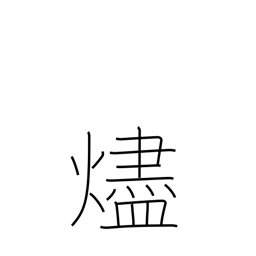
Meaning: embers